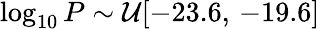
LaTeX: \log_{10}P\sim\mathcal{U}[-23.6,\, -19.6]